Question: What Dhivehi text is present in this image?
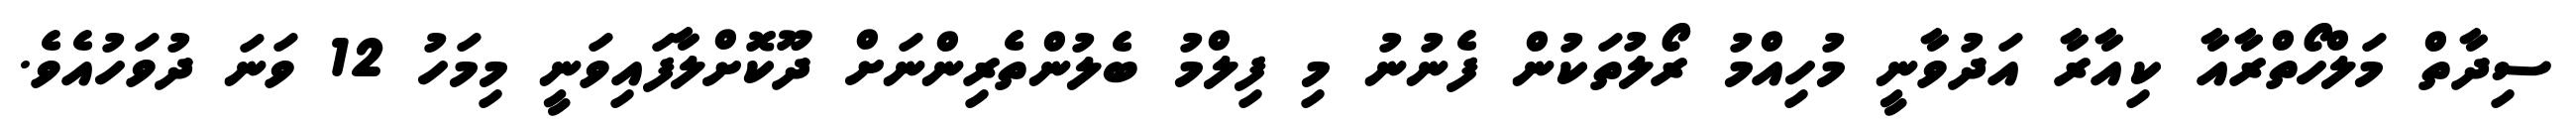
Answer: ސިދާތް މަލްހޯތްރާއާ ކިއާރާ އަދުވާނީ މުހިއްމު ރޯލުތަކުން ފެނުނު މި ފިލްމު ބެލުންތެރިންނަށް ދޫކޮށްލާފައިވަނީ މިމަހު 12 ވަނަ ދުވަހުއެވެ.